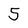
Character: 5